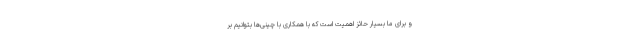
و برای ما بسیار حائز اهمیت است که با همکاری با چینی‌ها بتوانیم بر